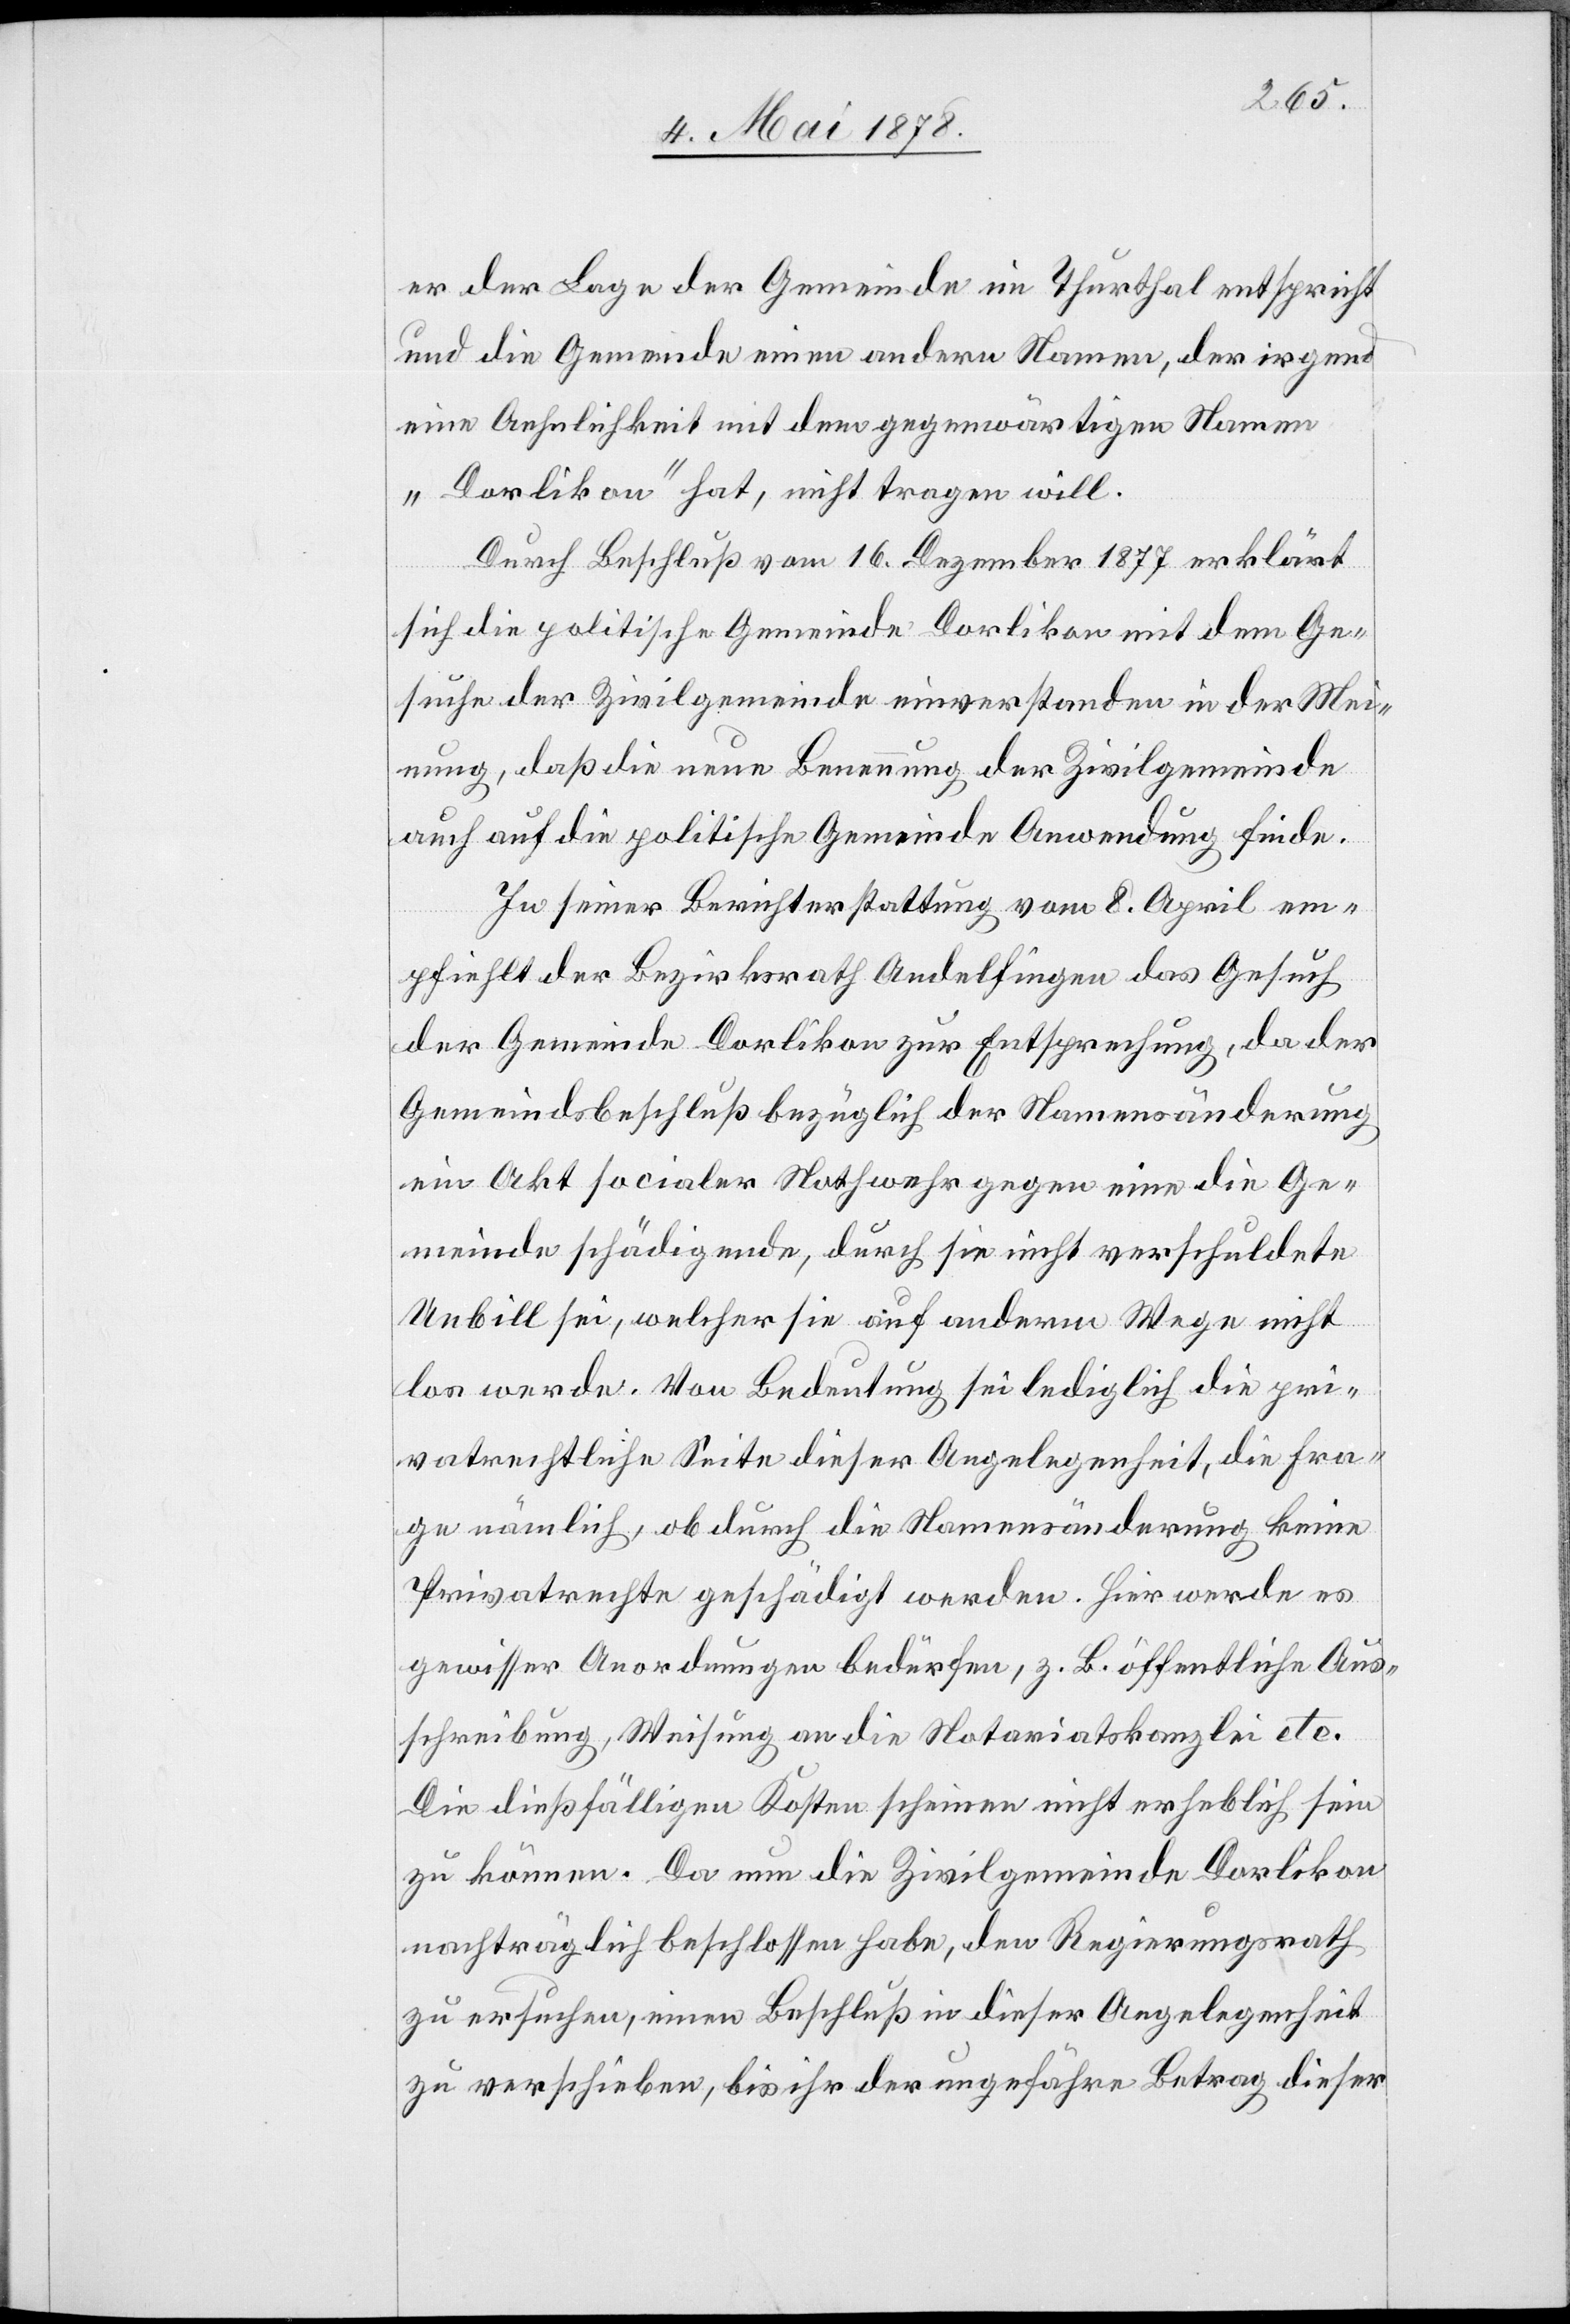
er der Lage der Gemeinde im Thurthal entspricht
und die Gemeinde einen andern Namen, der irgend
eine Aehnlichkeit mit dem gegenwärtigen Namen
„Dorlikon“ hat, nicht tragen will.
Durch Beschluß vom 16. Dezember 1877 erklärt
sich die politische Gemeinde mit dem Gesuche
Meinung, daß die neue Benennung der Zivilgemeinde
auch auf die politische Gemeinde Anwendung finde.
In seiner Berichterstattung vom 8. April em¬
pfiehlt der Bezirksrath Andelfingen das Gesuch
der Gemeinde Dorlikon zur Entsprechung, da der
Gemeindsbeschluß bezüglich der Namensänderung
ein Akt socialer Nothwehr gegen eine die Ge¬
meinde schädigende, durch sie nicht verschuldete
Unbill sei, welche sie auf anderm Wege nicht
los werde. Von Bedeutung sei lediglich die pri¬
vatrechtliche Seite dieser Angelegenheit, die Fra¬
ge nämlich, ob durch die Namensänderung keine
Privatrechte geschädigt werden. Hier werde es
gewisser Anordnungen bedürfen, z. B. öffentliche Aus¬
schreibung, Weisung an die Notariatskanzlei etc.
Die dießfälligen Kosten scheinen nicht erheblich sein
zu können. Da nun die Zivilgemeinde Dorlikon
nachträglich beschlossen habe, den Regierungsrath
zu ersuchen, einen Beschluß in dieser Angelegenheit
zu verschieben, bis ihr der ungefähre Betrag dieser